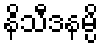
နိသီဒနမ္ပိ